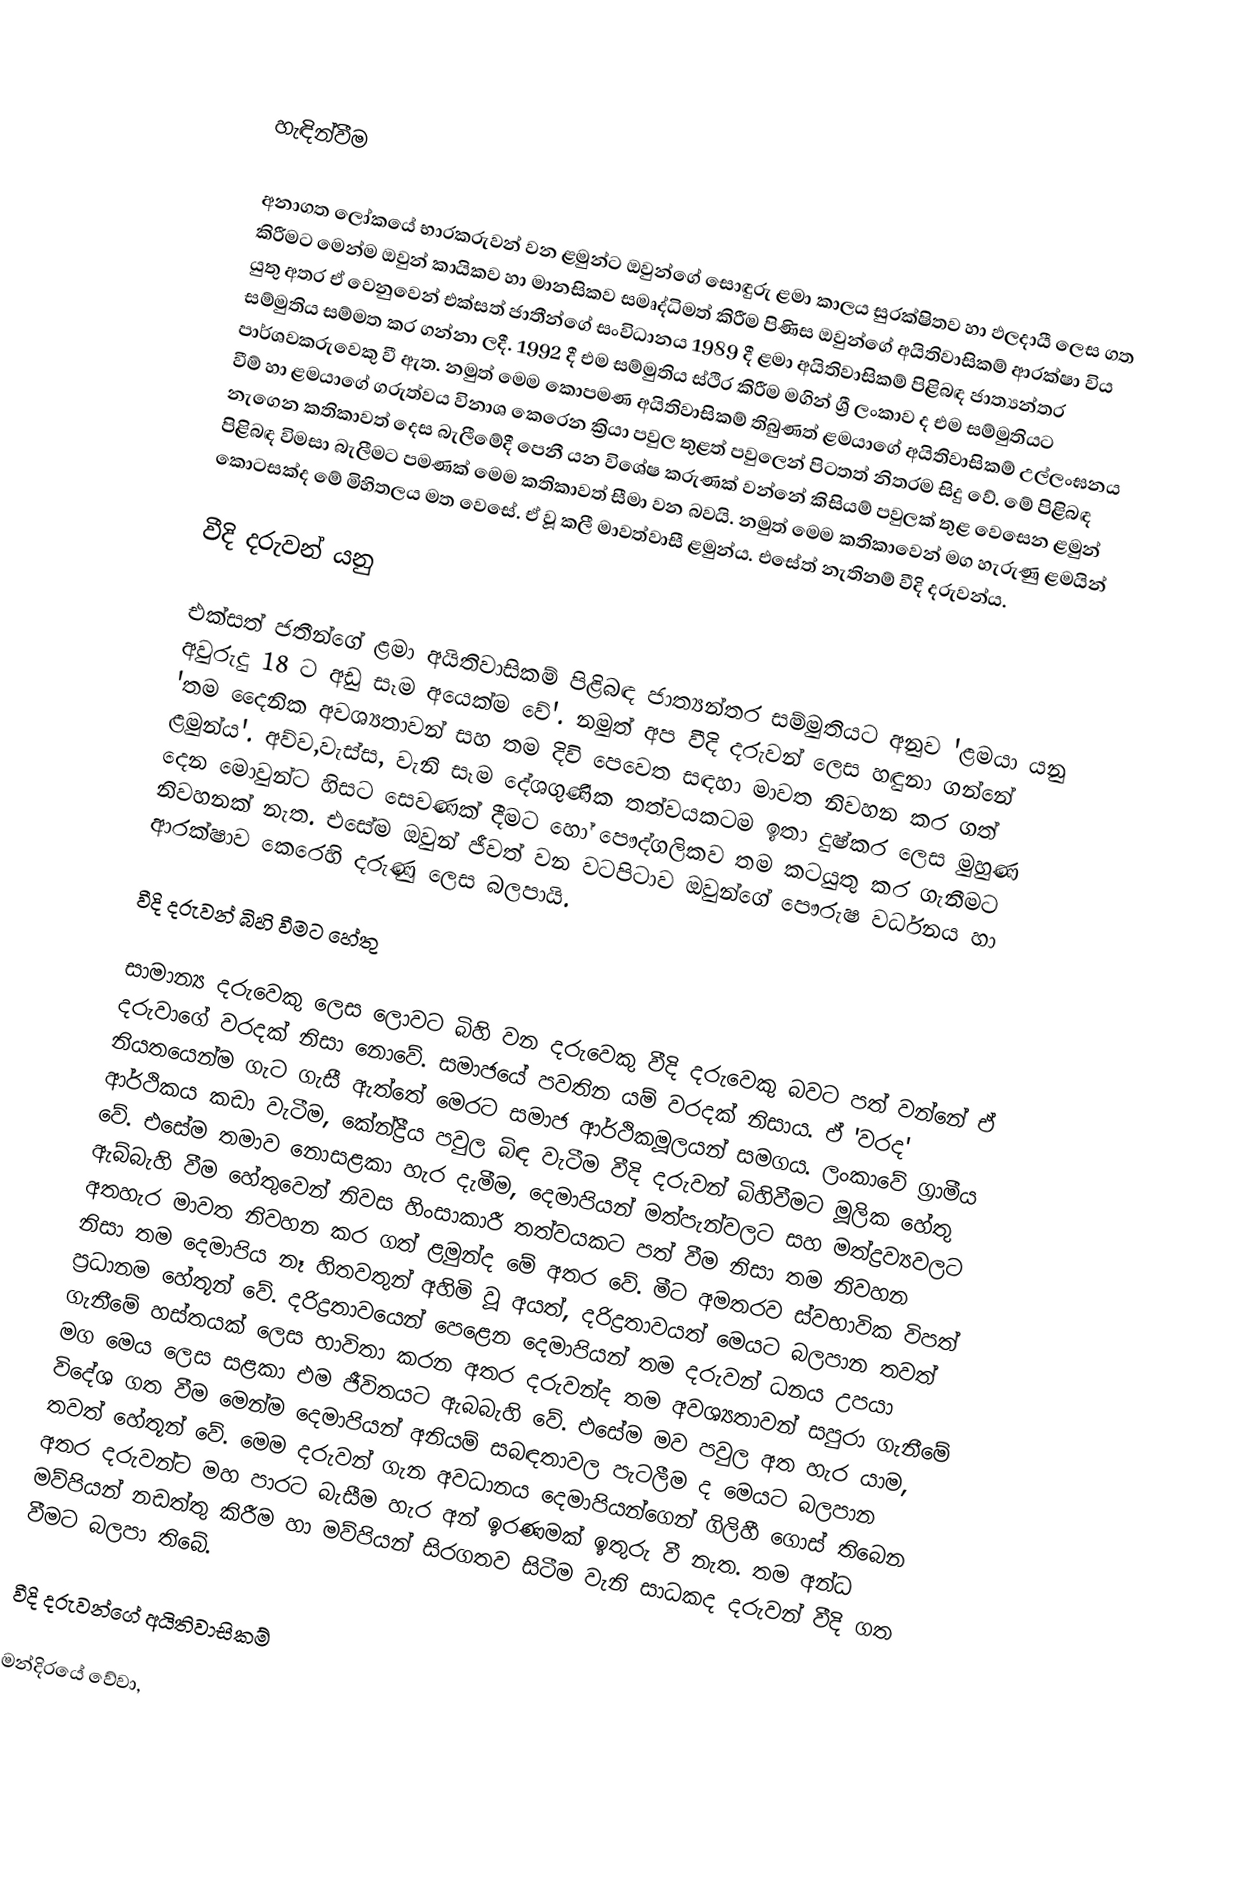

හැඳින්වීම

අනාගත ලෝකයේ භාරකරුවන් වන ළමුන්ට ඔවුන්ගේ සොඳුරු ළමා කාලය සුරක්ෂිතව හා ඵලදායී ලෙස ගත කිරීමට මෙන්ම ඔවුන් කායිකව හා මානසිකව සමෘද්ධිමත් කිරීම පිණිස ඔවුන්ගේ අයිතිවාසිකම් ආරක්ෂා විය යුතු අතර ඒ වෙනුවෙන් එක්සත් ජාතීන්ගේ සංවිධානය 1989 දී ළමා අයිතිවාසිකම් පිළිබඳ ජාත්‍යන්තර සම්මුතිය සම්මත කර ගන්නා ලදී. 1992 දී එම සම්මුතිය ස්ථිර කිරීම මගින් ශ්‍රී ලංකාව ද එම සම්මුතියට පාර්ශවකරුවෙකු වී ඇත. නමුත් මෙම කොපමණ අයිතිවාසිකම් තිබුණත් ළමයාගේ අයිතිවාසිකම් උල්ලංඝනය වීම් හා ළමයාගේ ගරුත්වය විනාශ කෙරෙන ක්‍රියා පවුල තුළත් පවුලෙන් පිටතත් නිතරම සිදු වේ. මේ පිළිබඳ නැගෙන කතිකාවත් දෙස බැලීමේදී පෙනී යන විශේෂ කරුණක් වන්නේ කිසියම් පවුලක් තුළ වෙසෙන ළමුන් පිළිබඳ විමසා බැලීමට පමණක් මෙම කතිකාවත් සීමා වන බවයි. නමුත් මෙම කතිකාවෙන් මග හැරුණු ළමයින් කොටසක්ද මේ මිහිතලය මත වෙසේ.  ඒ වූ කලී මාවත්වාසී  ළමුන්ය. එසේත් නැතිනම් වීදි දරුවන්ය.

වීදි දරුවන් යනු

එක්සත් ජතීන්ගේ ළමා අයිතිවාසිකම් පිළිබඳ ජාත්‍යන්තර සම්මුතියට අනුව 'ළමයා යනු අවුරුදු 18 ට අඩු සෑම අයෙක්ම වේ'. නමුත් අප වීදි දරුවන් ලෙස හඳුනා ගන්නේ 'තම දෛනික අවශ්‍යතාවන් සහ තම දිවි පෙවෙත සඳහා මාවත නිවහන කර ගත් ළමුන්ය'. අව්ව,වැස්ස, වැනි සෑම දේශගුණික තත්වයකටම ඉතා දුෂ්කර ලෙස මුහුණ දෙන මොවුන්ට  හිසට සෙවණක් දීමට හෝ පෞද්ගලිකව තම කටයුතු කර ගැනීමට නිවහනක් නැත. එසේම ඔවුන් ජීවත් වන වටපිටාව ඔවුන්ගේ පෞරුෂ වර්ධනය හා ආරක්ෂාව කෙරෙහි දරුණු ලෙස බලපායි.

වීදි දරුවන් බිහි වීමට හේතු

සාමාන්‍ය දරුවෙකු ලෙස ලොවට බිහි වන දරුවෙකු වීදි දරුවෙකු බවට පත් වන්නේ ඒ දරුවාගේ වරදක් නිසා නොවේ. සමාජයේ පවතින යම් වරදක් නිසාය.  ඒ 'වරද'  නියතයෙන්ම ගැට ගැසී ඇත්තේ මෙරට සමාජ ආර්ථිකමූලයන් සමගය.  ලංකාවේ ග්‍රාමීය ආර්ථිකය කඩා වැටීම,  කේන්ද්‍රීය පවුල  බිඳ වැටීම වීදි දරුවන් බිහිවීමට මූලික හේතු වේ.  එසේම තමාව නොසළකා හැර දැමීම,  දෙමාපියන් මත්පැන්වලට සහ මත්ද්‍රව්‍යවලට ඇබ්බැහි වීම හේතුවෙන් නිවස හිංසාකාරී තත්වයකට පත් වීම නිසා තම නිවහන අතහැර මාවත නිවහන කර ගත් ළමුන්ද මේ අතර වේ. මීට අමතරව ස්වභාවික විපත් නිසා තම දෙමාපිය නෑ හිතවතුන්  අහිමි වූ අයත්, දරිද්‍රතාවයත් මෙයට බලපාන තවත් ප්‍රධානම හේතූන් වේ. දරිද්‍රතාවයෙන් පෙළෙන දෙමාපියන් තම දරුවන් ධනය උපයා ගැනීමේ හස්තයක් ලෙස භාවිතා කරන අතර දරුවන්ද තම අවශ්‍යතාවන් සපුරා ගැනීමේ මග මෙය ලෙස සළකා එම ජීවිතයට ඇබබැහි වේ. එසේම මව පවුල අත හැර යාම, විදේශ ගත වීම මෙන්ම දෙමාපියන් අනියම් සබඳතාවල පැටලීම ද මෙයට බලපාන තවත් හේතූන් වේ. මෙම දරුවන් ගැන අවධානය දෙමාපියන්ගෙන් ගිලිහී ගොස් තිබෙන අතර දරුවන්ට මහ පාරට බැසීම හැර අන් ඉරණමක් ඉතුරු වී නැත. තම අන්ධ මව්පියන් නඩත්තු කිරීම හා මව්පියන් සිරගතව සිටීම වැනි  සාධකද දරුවන් වීදි ගත වීමට බලපා තිබේ.

වීදි දරුවන්ගේ අයිතිවාසිකම්

මන්දිරයේ වේවා,